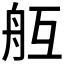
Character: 𦨝